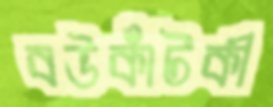
বউকাঁটকী